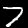
Label: 7